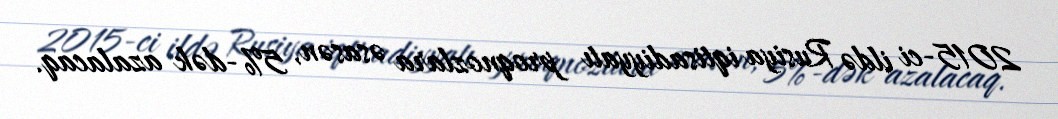
2015-ci ildə Rusiya iqtisadiyyatı proqnozlara əsasən, 5%-dək azalacaq.